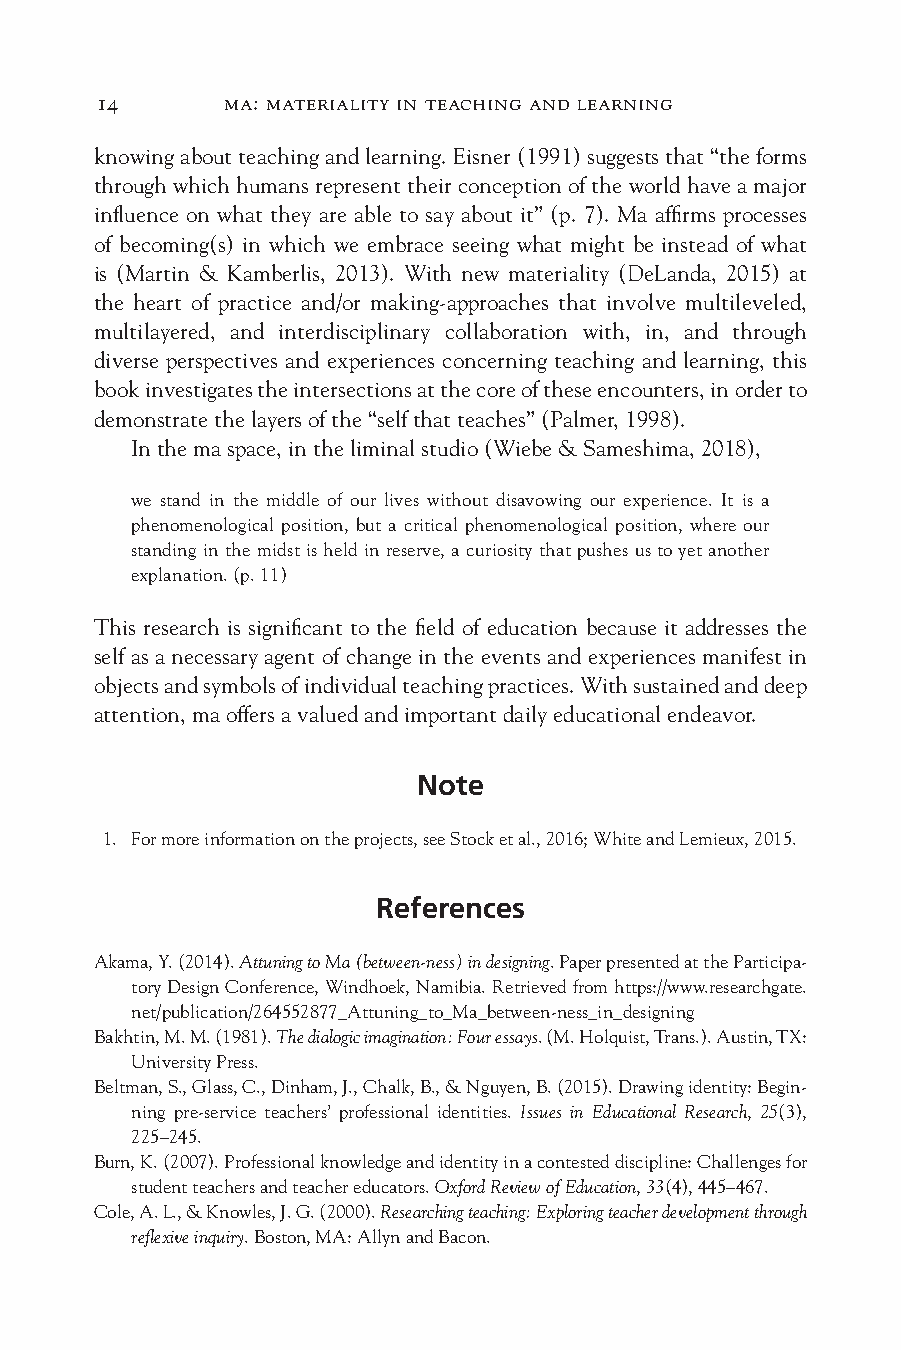
14       ma: materiality in teaching and learning
 knowing about teaching and learning. Eisner (1991) suggests that “the forms
 through which humans represent their conception of the world have a major
 influence on what they are able to say about it” (p. 7). Ma affirms processes
 of becoming(s) in which we embrace seeing what might be instead of what
 is (Martin & Kamberlis, 2013). With new materiality (DeLanda, 2015) at
 the heart of practice and/or making-approaches that involve multileveled,
 multi layered, and interdisciplinary collaboration with, in, and through
 diverse perspectives and experiences concerning teaching and learning, this
 book investigates the intersections at the core of these encounters, in order to
 demonstrate the layers of the “self that teaches” (Palmer, 1998).
 In the ma space, in the liminal studio (Wiebe & Sameshima, 2018),
 we stand in the middle of our lives without disavowing our experience. It is a
 phenomenological position, but a critical phenomenological position, where our
 standing in the midst is held in reserve, a curiosity that pushes us to yet another
 explanation. (p. 11)
 This research is significant to the field of education because it addresses the
 self as a necessary agent of change in the events and experiences manifest in
 objects and symbols of individual teaching practices. With sustained and deep
 attention, ma offers a valued and important daily educational endeavor.
 Note
 1. For more information on the projects, see Stock et al., 2016; White and Lemieux, 2015.
 References
 Akama, Y. (2014). Attuning to Ma (between-ness) in designing. Paper presented at the Participa-
 tory Design Conference, Windhoek, Namibia. Retrieved from https://www.researchgate.
 net/publication/264552877_Attuning_to_Ma_between-ness_in_designing
 Bakhtin, M. M. (1981). The dialogic imagination: Four essays. (M. Holquist, Trans.). Austin, TX:
 University Press.
 Beltman, S., Glass, C., Dinham, J., Chalk, B., & Nguyen, B. (2015). Drawing identity: Begin-
 ning pre-service teachers’ professional identities. Issues in Educational Research, 25(3),
 225–245.
 Burn, K. (2007). Professional knowledge and identity in a contested discipline: Challenges for
 student teachers and teacher educators. Oxford Review of Education, 33(4), 445–467.
 Cole, A. L., & Knowles, J. G. (2000). Researching teaching: Exploring teacher development through
 reflexive inquiry. Boston, MA: Allyn and Bacon.